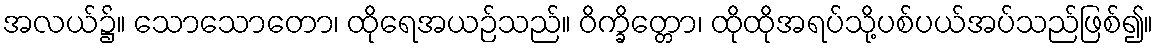
အလယ်၌။ သောသောတော၊ ထိုရေအယဉ်သည်။ ဝိက္ခိတ္တော၊ ထိုထိုအရပ်သို့ပစ်ပယ်အပ်သည်ဖြစ်၍။